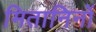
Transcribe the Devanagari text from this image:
मितानिनों